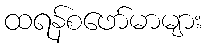
ထရန်စဖော်မာများ